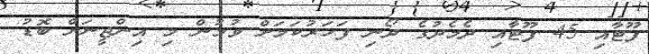
ފޫޓާއި 45 ފޫޓާއި ދެމެދުގެ ދޯނި ފަަހަރުކަމަށް ވުމުން މި އިންޖީނަށް ބޮޑު